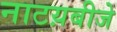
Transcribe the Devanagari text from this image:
नाटय़बीजे